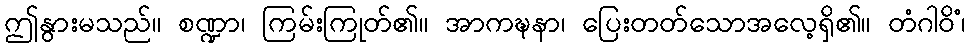
ဤနွားမသည်။ စဏ္ဍာ၊ ကြမ်းကြုတ်၏။ အာကဍ္ဎနာ၊ ပြေးတတ်သောအလေ့ရှိ၏။ တံဂါဝိံ၊